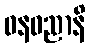
ဓနဓညာနိ